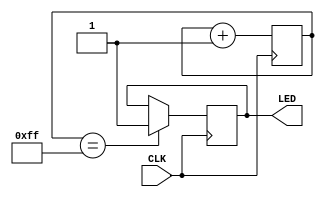
module top(
    input CLK,
    output LED,
);

    reg [7:0] eightbit;
    reg [15:0] sixteenbit;
    reg led_state;

    always @(posedge CLK) begin
        eightbit <= eightbit + 1;

        if (eightbit == 255) begin
            led_state = 1;
        end
    end

    assign LED = led_state;
endmodule